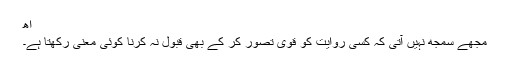
اھ
مجھے سمجھ نہیں آتی کہ کسی روایت کو قوی تصور کر کے بھی قبول نہ کرنا کوئی معنی رکھتا ہے۔